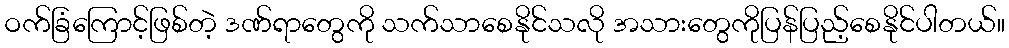
ဝက်ခြံကြောင့်ဖြစ်တဲ့ ဒဏ်ရာတွေကို သက်သာစေနိုင်သလို အသားတွေကိုပြန်ပြည့်စေနိုင်ပါတယ်။